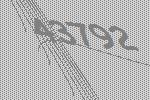
43792